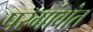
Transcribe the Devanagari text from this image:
परगांवांत